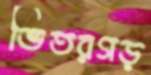
ভিতরগড়